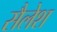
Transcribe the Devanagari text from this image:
सैलेश